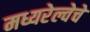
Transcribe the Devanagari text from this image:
मध्यरेल्वेचे